Vaccination in the Punjab 1883-1896 - 1883-1896
Year: 1883
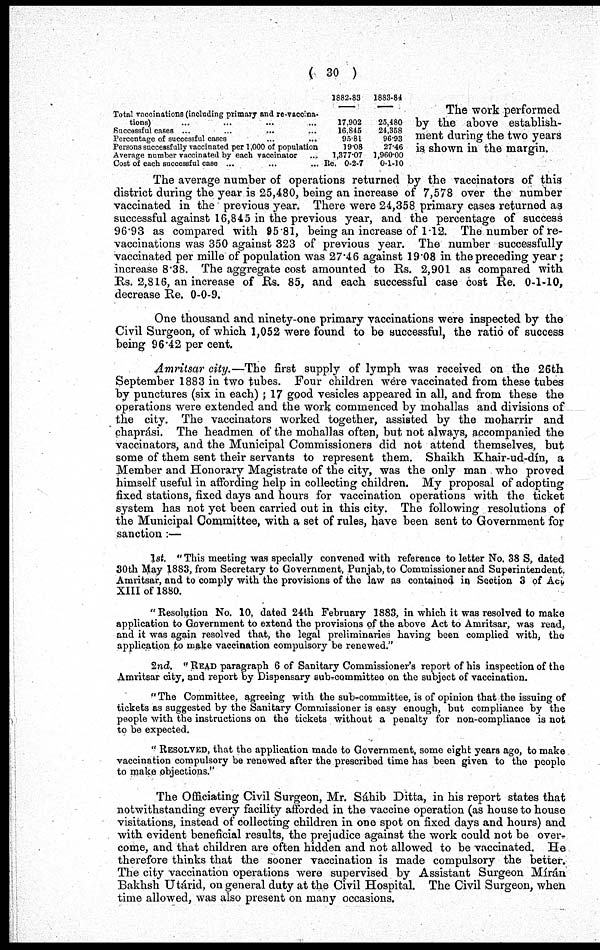
( 30 )
Total vaccinations (including primary and re-vaccina-
tions) ... ... ... ...
Successful cases
...
...
...
Percentage of successful cases ... ...
Persons successfully vaccinated per 1,000 of population
Average number vaccinated by each vaccinator ...
Cost of each successful case ... ... ...
1882.83
17,902
16,845
95.81
19.08
1,377.07
Re. 0-2-7
1883-84
25,480
24,358
96.93
27.46
1,960.00
0-1-10
The work performed
by the above establish-
ment during the two years
is shown in the margin.
The average number of operations returned by the vaccinators of this
district during the year is 25,480, being an increase of 7,578 over the number
vaccinated in the previous year. There were 24,358 primary cases returned as
successful against 16,845 in the previous year, and the percentage of success
96.93 as compared with 95.81, being an increase of 1.12. The number of re-
vaccinations was 350 against 323 of previous year. The number successfully
vaccinated per mille of population was 27.46 against 19.08 in the preceding year;
increase 8.38. The aggregate cost amounted to Rs. 2,901 as compared with
Rs. 2,816, an increase of Rs. 85, and each successful case cost Re. 0-1-10,
decrease Re. 0-0-9.
One thousand and ninety-one primary vaccinations were inspected by the
Civil Surgeon, of which 1,052 were found to be successful, the ratio of success
being 96.42 per cent.
Amritsar city.—The first supply of lymph was received on the 26th
September 1883 in two tubes. Four children were vaccinated from these tubes
by punctures (six in each) ; 17 good vesicles appeared in all, and from these the
operations were extended and the work commenced by mohallas and divisions of
the city. The vaccinators worked together, assisted by the moharrir and
chaprási. The headmen of the mohallas often, but not always, accompanied the
vaccinators, and the Municipal Commissioners did not attend themselves, but
some of them sent their servants to represent them. Shaikh Khair-ud-dín, a
Member and Honorary Magistrate of the city, was the only man who proved
himself useful in affording help in collecting children. My proposal of adopting
fixed stations, fixed days and hours for vaccination operations with the ticket
system has not yet been carried out in this city. The following resolutions of
the Municipal Committee, with a set of rules, have been sent to Government for
sanction :—
1st. "This meeting was specially convened with reference to letter No. 38 S, dated
30th May 1883, from Secretary to Government, Punjab, to Commissioner and Superintendent.
Amritsar, and to comply with the provisions of the law as contained in Section 3 of Act,
XIII of 1880.
" Resolution No. 10, dated 24th February 1883, in which it was resolved to make
application to Government to extend the provisions of the above Act to Amritsar, was read,
and it was again resolved that, the legal preliminaries having been complied with, the
application to make vaccination compulsory be renewed."
2nd. " READ paragraph 6 of Sanitary Commissioner's report of his inspection of the
Amritsar city, and report by Dispensary sub-committee on the subject of vaccination.
"The Committee, agreeing with the sub-committee, is of opinion that the issuing of
tickets as suggested by the Sanitary Commissioner is easy enough, but compliance by the
people with the instructions on the tickets without a penalty for non-compliance is not
to be expected.
" RESOLVED, that the application made to Government, some eight years ago, to make
vaccination compulsory be renewed after the prescribed time has been given to the people
to make objections."
The Officiating Civil Surgeon, Mr. Sáhib Ditta, in his report states that
notwithstanding every facility afforded in the vaccine operation (as house to house
visitations, instead of collecting children in one spot on fixed days and hours) and
with evident beneficial results, the prejudice against the work could not be over-
come, and that children are often hidden and not allowed to be vaccinated. He
therefore thinks that the sooner vaccination is made compulsory the better.
The city vaccination operations were supervised by Assistant Surgeon Mírán
Bakhsh Utárid, on general duty at the Civil Hospital. The Civil Surgeon, when
time allowed, was also present on many occasions.